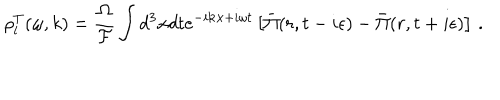
LaTeX: \rho _ { l } ^ { T } ( \omega , k ) = \frac { \Omega } { { \cal F } } \int d ^ { 3 } x d t e ^ { - i { \bf k } { \bf x } + i \omega t } \left[ \bar { \Pi } ( r , t - i \epsilon ) - \bar { \Pi } ( r , t + i \epsilon ) \right] \, .